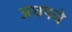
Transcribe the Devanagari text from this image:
अधपचे